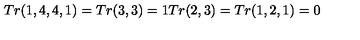
T r ( 1 , 4 , 4 , 1 ) = T r ( 3 , 3 ) = 1 T r ( 2 , 3 ) = T r ( 1 , 2 , 1 ) = 0